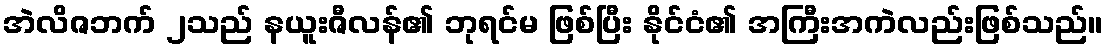
အဲလိဇဘက် ၂သည် နယူးဇီလန်၏ ဘုရင်မ ဖြစ်ပြီး နိုင်ငံ၏ အကြီးအကဲလည်းဖြစ်သည်။